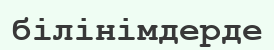
білінімдерде